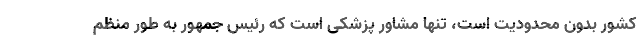
کشور بدون محدودیت است، تنها مشاور پزشکی است که رئیس جمهور به طور منظم